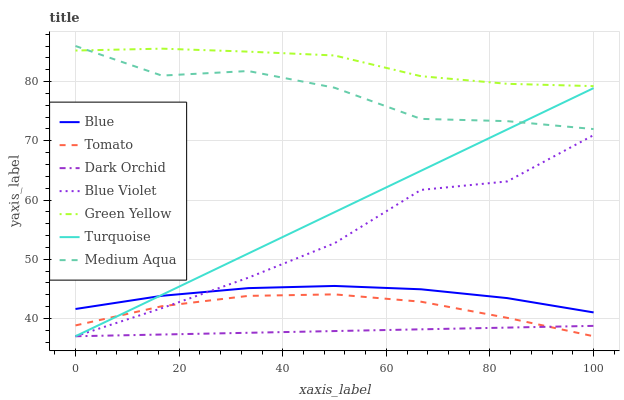
| xaxis_label | Blue | Tomato | Dark Orchid | Blue Violet | Green Yellow | Turquoise | Medium Aqua |
 | --- | --- | --- | --- | --- | --- | --- | --- |
 | 0 | 41.6 | 38.8 | 37 | 37 | 85.2 | 37 | 86 |
 | 16.7 | 43.8 | 42.1 | 37.3 | 41.7 | 85.6 | 44 | 81 |
 | 33.3 | 45.1 | 43.8 | 37.6 | 46.9 | 85.1 | 51 | 81.8 |
 | 50 | 45.5 | 44.1 | 37.9 | 52.7 | 84.4 | 57.9 | 79 |
 | 66.7 | 44.9 | 42.8 | 38.2 | 61.7 | 80.9 | 64.9 | 73.7 |
 | 83.3 | 43.4 | 40.1 | 38.5 | 63.1 | 79.6 | 71.9 | 73.3 |
 | 100 | 41 | 37 | 38.8 | 71 | 79.2 | 78.9 | 72 |